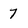
Character: 7